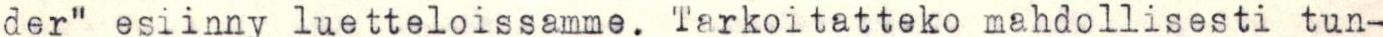
der" esiinny luetteloissamme. Tarkoitatteko mahdollisesti tun-